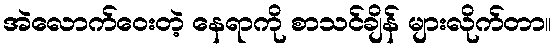
အဲလောက်ဝေးတဲ့ နေရာကို စာသင်ချိန် များလိုက်တာ။